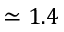
\simeq 1 . 4